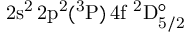
\mathrm { 2 s ^ { 2 } \, 2 p ^ { 2 } ( ^ { 3 } P ) \, 4 f ~ ^ { 2 } D _ { 5 / 2 } ^ { \circ } }